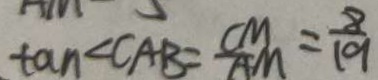
\tan \angle C A B = \frac { C M } { A M } = \frac { 8 } { 1 9 }